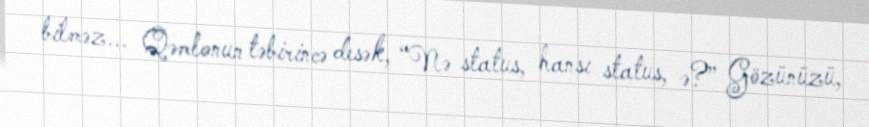
bilməz... Qəmlonun təbirincə desək, “Nə status, hansı status, ə?” Gözünüzü,